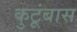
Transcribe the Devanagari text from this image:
कुटूंबास